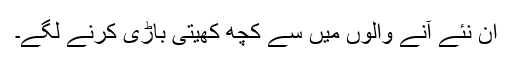
ان نئے آنے والوں میں سے کچھ کھیتی باڑی کرنے لگے۔